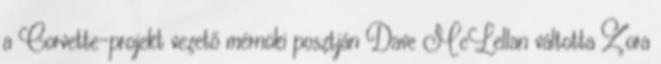
a Corvette-projekt vezető mérnöki posztján Dave McLellan váltotta Zora